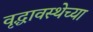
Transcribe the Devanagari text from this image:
वृद्धावस्थेच्या